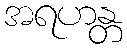
အရဟန္တ